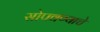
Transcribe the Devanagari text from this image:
सोपवण्याचे